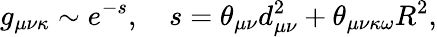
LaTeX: g_{\mu\nu\kappa}\sim e^{-s},\quad s=\theta_{\mu\nu}d_{\mu\nu}^{2}+\theta_{\mu\nu\kappa\omega}R^{2},